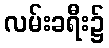
လမ်းခရီး၌